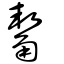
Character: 觢